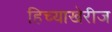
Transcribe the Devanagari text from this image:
हिच्याखेरीज